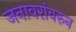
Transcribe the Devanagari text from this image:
जनावरांवरुन